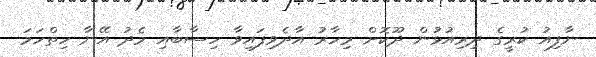
ނާފިއު ކުރީގެ ދިރިއުޅުން ދޫކޮށް މިހާރު އާދެވިފައިވާ ހިސާބާއި މެދު އޭނާ ހިތްހަމަ